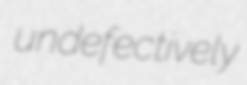
undefectively